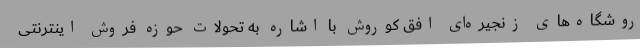
روشگاه‌های زنجیره‌ای افق کوروش با اشاره به تحولات حوزه فروش اینترنتی